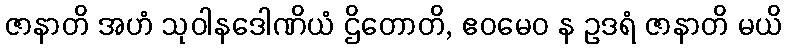
ဇာနာတိ အဟံ သုဝါနဒေါဏိယံ ဌိတောတိ, ဧဝမေဝ န ဥဒရံ ဇာနာတိ မယိ